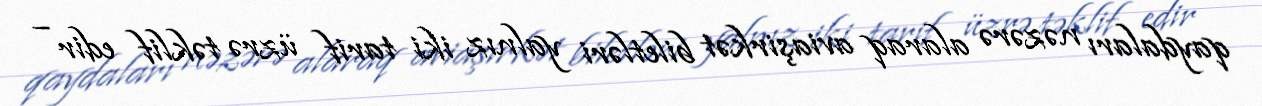
qaydaları nəzərə alaraq aviaşirkət biletləri yalnız iki tarif üzrə təklif edir –